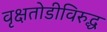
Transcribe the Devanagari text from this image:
वृक्षतोडीविरुद्ध